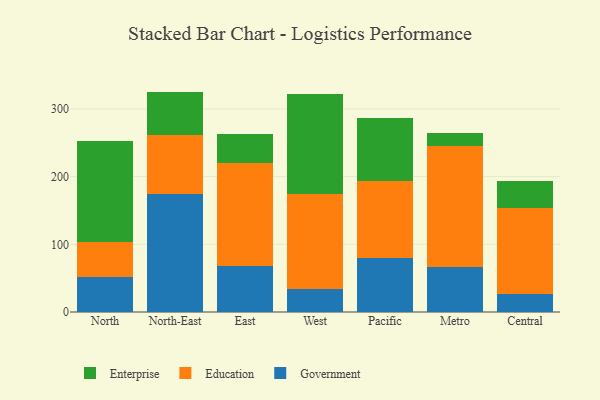
{"axis": {"x": "Region", "y": "Inventory Turnover"}, "legend": ["Education", "Enterprise", "Government"], "data": [{"x": "North", "y": 51.3, "type": "Government"}, {"x": "North", "y": 52.4, "type": "Education"}, {"x": "North", "y": 149.1, "type": "Enterprise"}, {"x": "North-East", "y": 174.8, "type": "Government"}, {"x": "North-East", "y": 86.7, "type": "Education"}, {"x": "North-East", "y": 64.1, "type": "Enterprise"}, {"x": "East", "y": 68.1, "type": "Government"}, {"x": "East", "y": 152.7, "type": "Education"}, {"x": "East", "y": 41.9, "type": "Enterprise"}, {"x": "West", "y": 33.4, "type": "Government"}, {"x": "West", "y": 140.5, "type": "Education"}, {"x": "West", "y": 147.9, "type": "Enterprise"}, {"x": "Pacific", "y": 79.3, "type": "Government"}, {"x": "Pacific", "y": 113.6, "type": "Education"}, {"x": "Pacific", "y": 93.4, "type": "Enterprise"}, {"x": "Metro", "y": 66.0, "type": "Government"}, {"x": "Metro", "y": 179.2, "type": "Education"}, {"x": "Metro", "y": 19.3, "type": "Enterprise"}, {"x": "Central", "y": 26.3, "type": "Government"}, {"x": "Central", "y": 127.4, "type": "Education"}, {"x": "Central", "y": 40.1, "type": "Enterprise"}]}